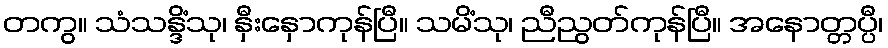
တကွ။ သံသန္ဒိံသု၊ နှီးနှောကုန်ပြီ။ သမိံသု၊ ညီညွတ်ကုန်ပြီ။ အနောတ္တပ္ပီ၊